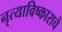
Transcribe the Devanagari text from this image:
नृत्याविष्काराचे